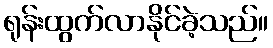
ရုန်းထွက်လာနိုင်ခဲ့သည်။